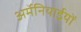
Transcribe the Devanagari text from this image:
अर्मेनियाईयों